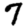
Digit: 7